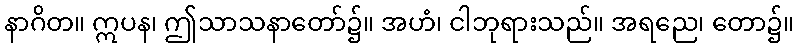
နာဂိတ။ ဣပန၊ ဤသာသနာတော်၌။ အဟံ၊ ငါဘုရားသည်။ အရညေ၊ တော၌။